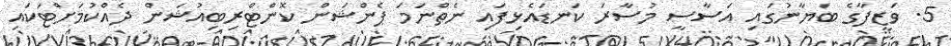
5. ވަޒީފާގެ ބަޔާނުގައި އަސާސީ މުސާރަ ކަނޑައެޅިފައި ނެތްނަމަ ޕެންޝަން ކޮންޓްރިބިއުޝަން ދެއްކުމަށްޓަކައި